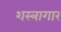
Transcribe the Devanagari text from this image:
शस्‍त्रागार